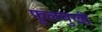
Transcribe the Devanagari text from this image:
फूलचुखी